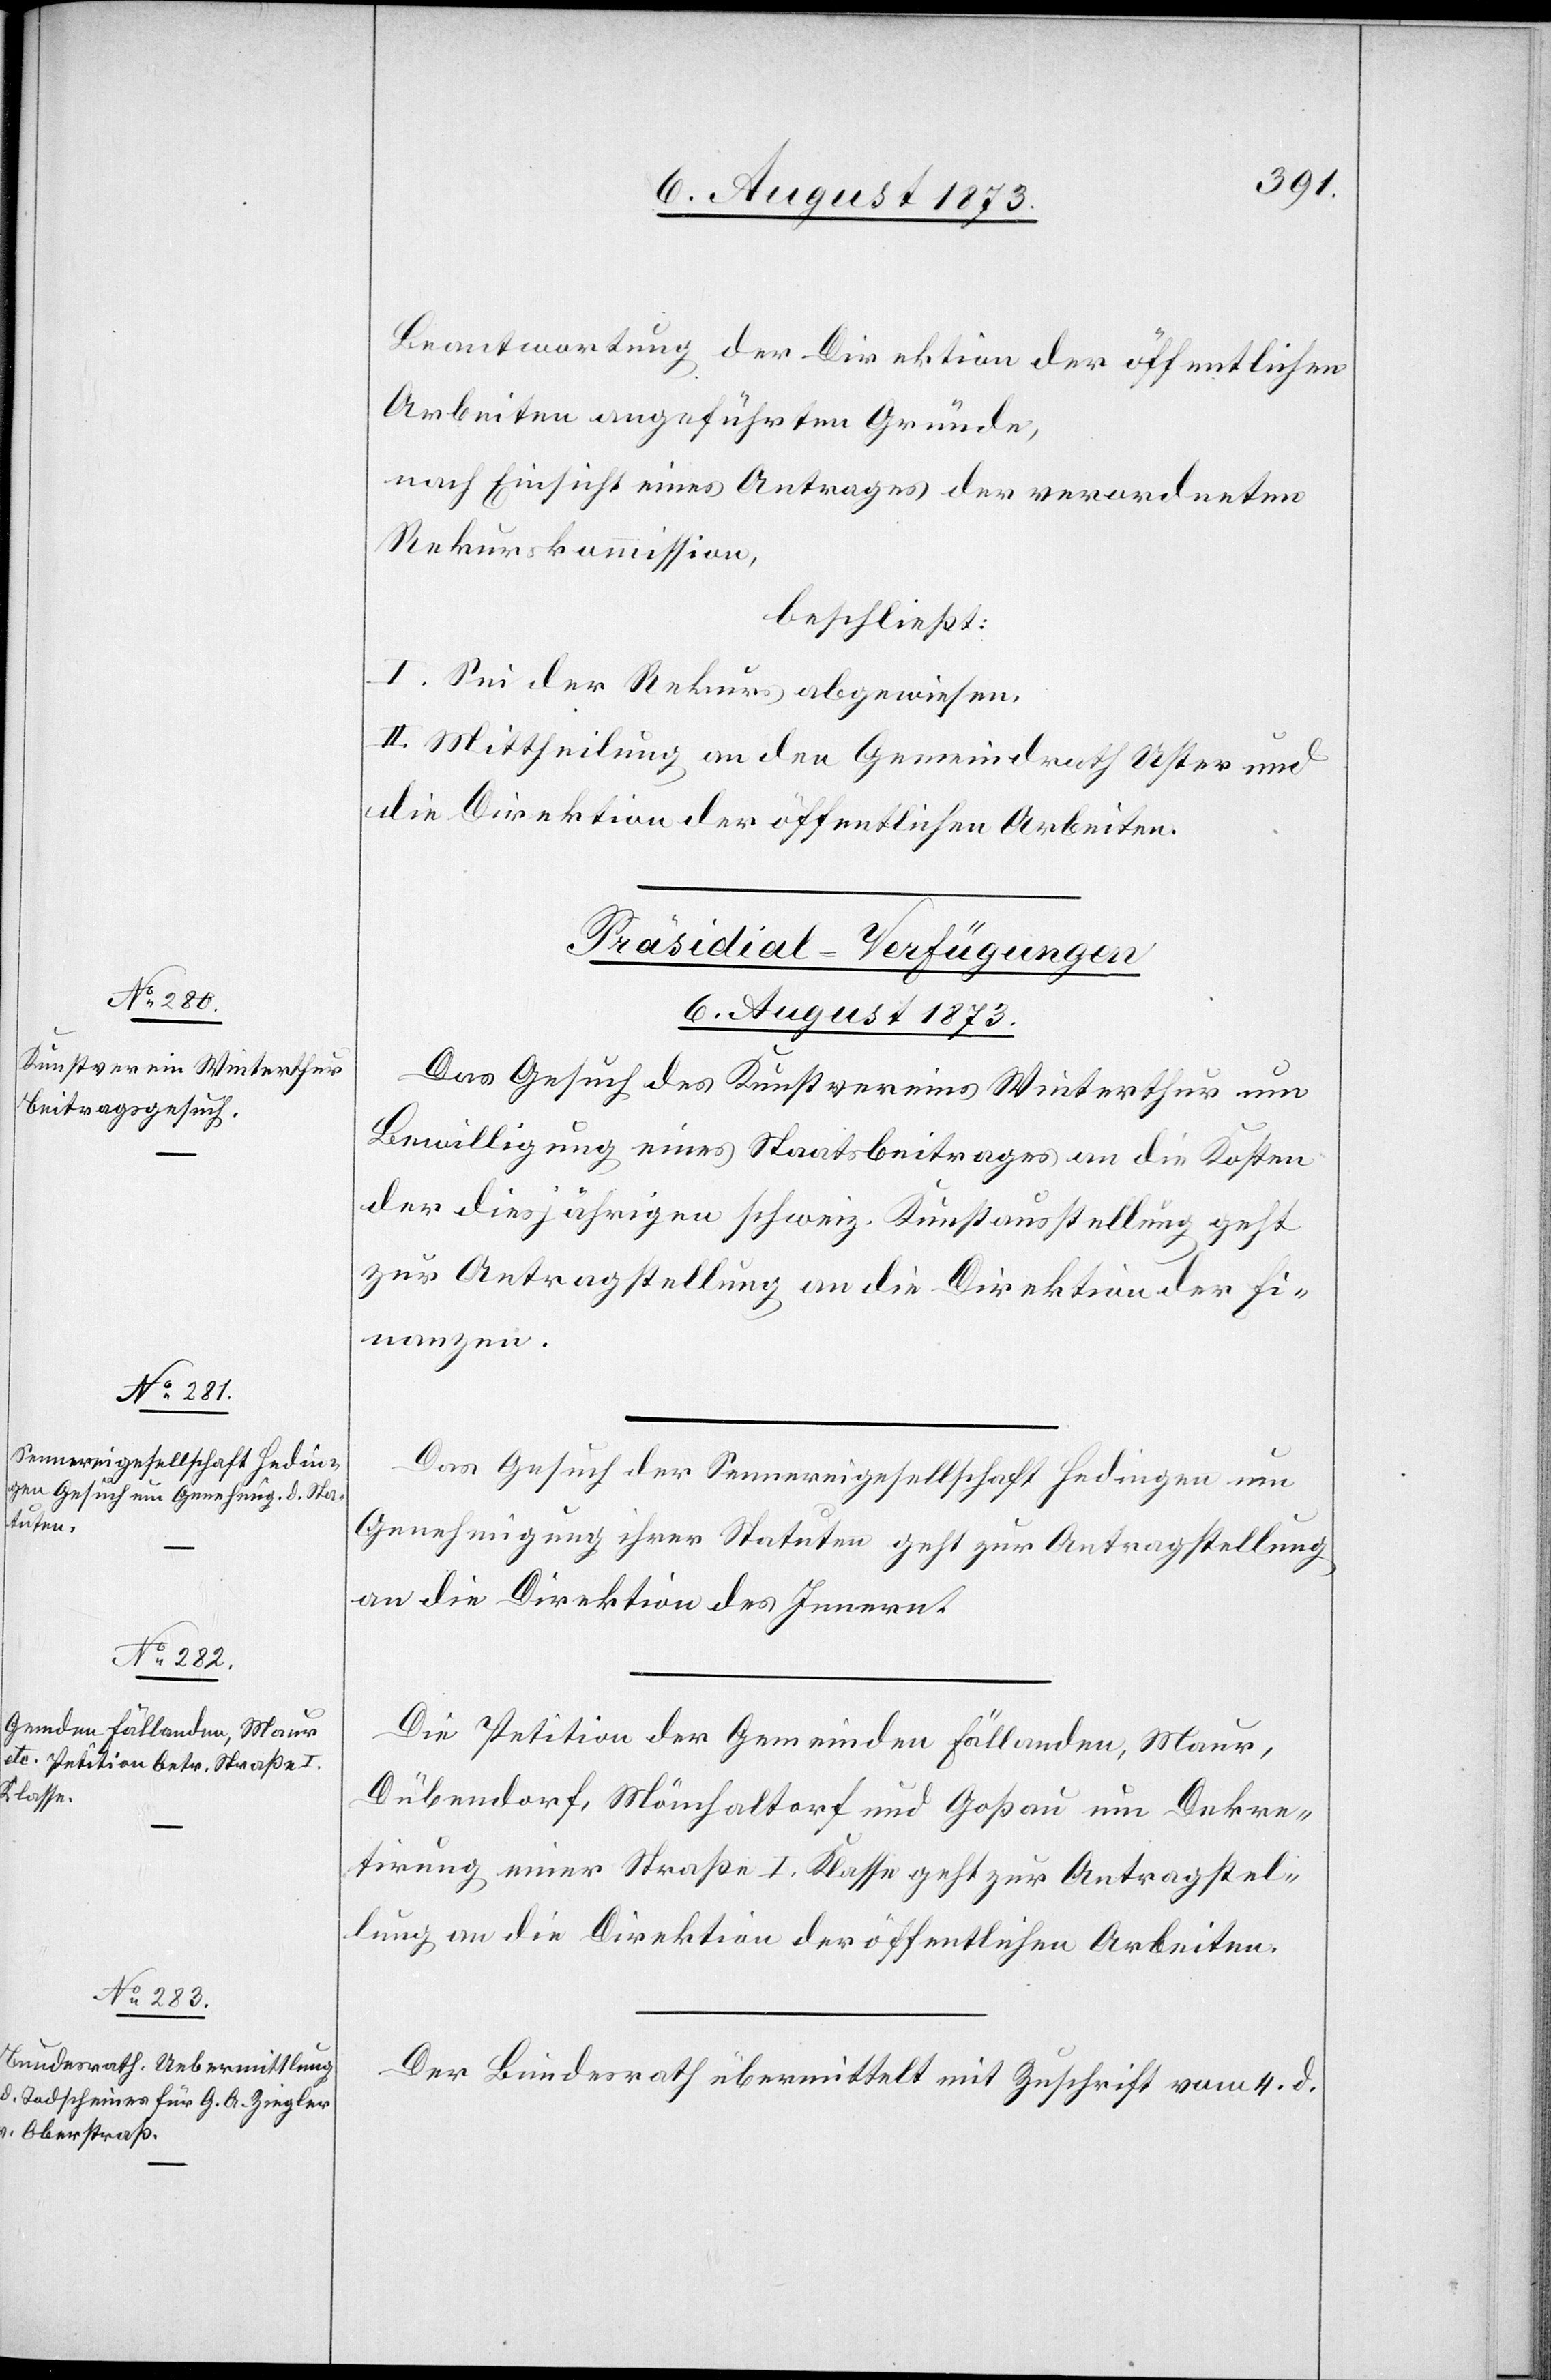
6. August 1873.]
Beantwortung der Direktion der öffentlichen
Arbeiten angeführten Gründe,
nach Einsicht eines Antrages der verordneten
Rekurskommission,
beschließt:
I. Sei der Rekurs abgewiesen.
II. Mittheilung an den Gemeindrath Uster und
die Direktion der öffentlichen Arbeiten.
[Präsidial-Verfügungen
Das Gesuch des Kunstvereins Winterthur um
Bewilligung eines Staatsbeitrages an die Kosten
der diesjährigen schweiz. Kunstausstellung geht
zur Antragstellung an die Direktion der Fi¬
nanzen.
Das Gesuch der Sennereigesellschaft Hedingen um
Genehmigung ihrer Statuten geht zur Antragstellung
an die Direktion des Innern.
Die Petition der Gemeinden Fällanden, Maur,
Dübendorf, Mönchaltorf und Goßau um Dekre¬
tirung einer Straße I. Klasse geht zur Antragstel¬
lung an die Direktion der öffentlichen Arbeiten.
Der Bundesrath übermittelt mit Zuschrift vom 4. d.